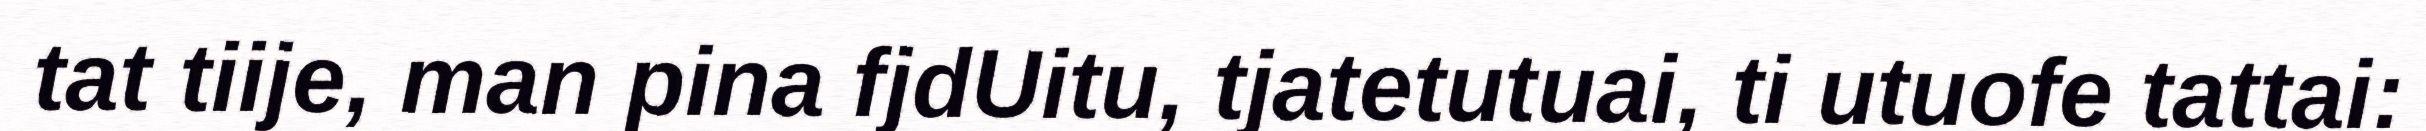
tat tiije, man pina fjdUitu, tjatetutuai, ti utuofe tattai: